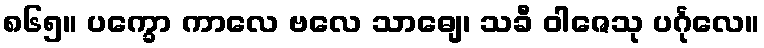
၈၆၅။ ပက္ခော ကာလေ ဗလေ သာဓျေ၊ သခီ ဝါဇေသု ပင်္ဂုလေ။